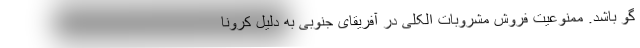
گو باشد. ممنوعیت فروش مشروبات الکلی در آفریقای جنوبی به دلیل کرونا